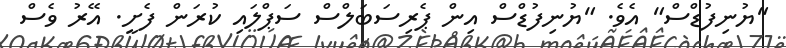
"ޔުނިފުޑްސް" އެވެ. "ޔުނިފުޑްސް އިން ޕެރިސަބަލްސް ސަޕްލައި ކުރަން ފެށީ. އޭރު ވެސް